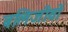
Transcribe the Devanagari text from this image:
बलिजीवों